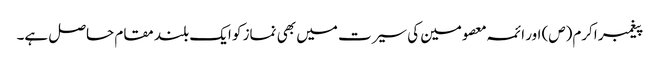
پیغمبر اکرم(ص) اور ائمہ معصومین کی سیرت میں بھی نماز کو ایک بلند مقام حاصل ہے۔